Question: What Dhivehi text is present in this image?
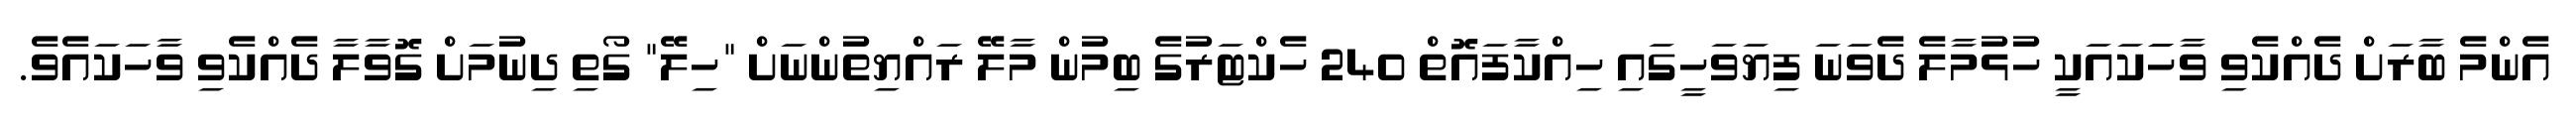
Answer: އެންމެ ބާރަށް ދެއްކެވި ވާހަަކައަކީ ހުޅުމާލެ ދެވަނަ ފިޔަވަހީގައި ހިއްކާފައޮތް 240 ހެކްޓަރުގެ ބިމުން މާލޭ ރައްޔިތުންނަށް "ހިލޭ" ގޯތި ދިނުމަށް ގޮވާލާ ދެއްކެވި ވާހަކައެވެ.